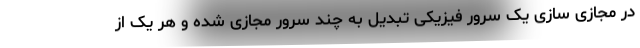
در مجازی سازی یک سرور فیزیکی تبدیل به چند سرور مجازی شده و هر یک از